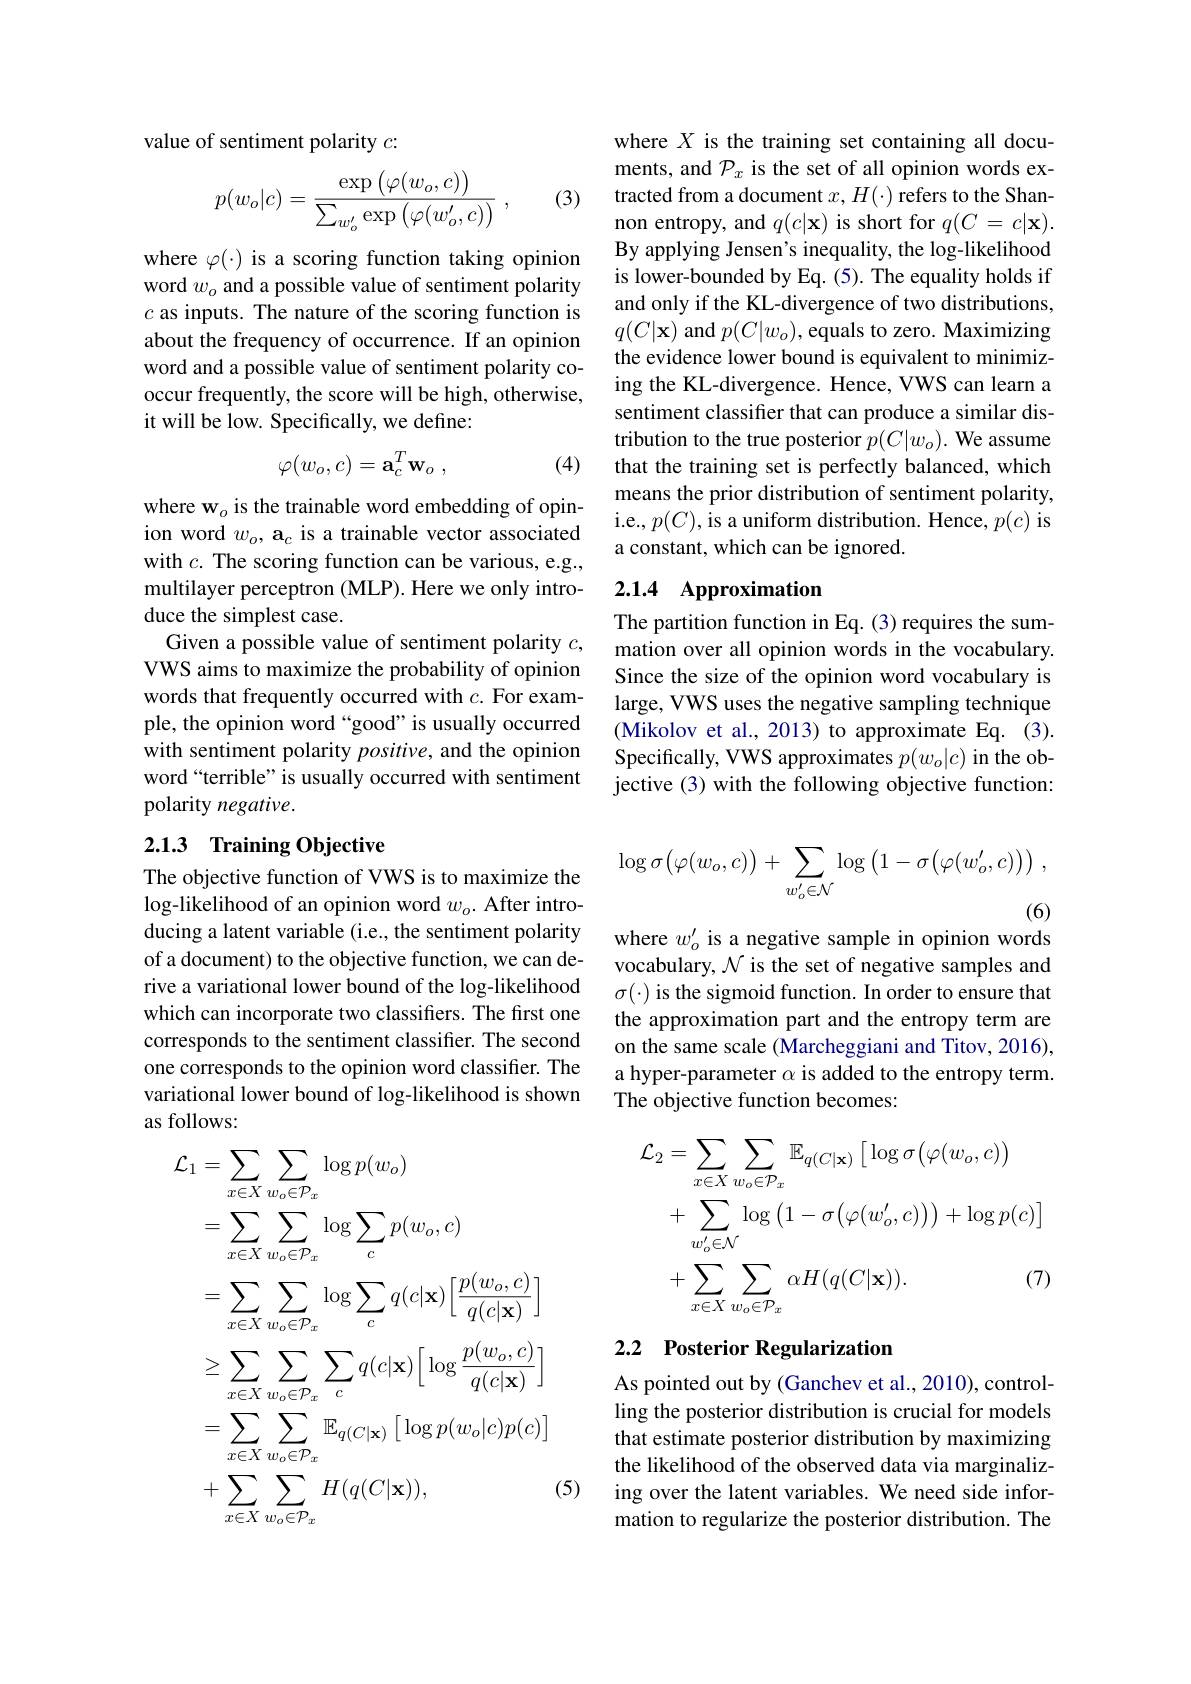
value of sentiment polarity $c:$

(3)
$$p(w_o|c)=\frac{\exp\left(\varphi(w_o,c)\right)}{\sum_{w_o'}\exp\left(\varphi(w_o',c)\right)}\:,$$
where $\varphi(\cdot)$ is a scoring function taking opinion word $w_o$ and a possible value of sentiment polarity $c$ as inputs. The nature of the scoring function is about the frequency of occurrence. If an opinion word and a possible value of sentiment polarity cooccur frequently, the score will be high, otherwise, it will be low. Specifically, we define:
$$\varphi(w_o,c)=\mathbf{a}_c^T\mathbf{w}_o\:,$$
(4)

where $\mathbf{w}_o$ is the trainable word embedding of opinion word $w_o,\textbf{a}_c$ is a trainable vector associated with $c.$ The scoring function can be various, e.g., multilayer perceptron (MLP). Here we only introduce the simplest case.
Given a possible value of sentiment polarity $c$, VWS aims to maximize the probability of opinion words that frequently occurred with $c.$ For example, the opinion word “good”is usually occurred with sentiment polarity $positive$, and the opinion word “terrible” is usually occurred with sentiment polarity negative.

## 2.1.3 Training Objective

The objective function of VWS is to maximize the $\log$-likelihood of an opinion word $w_o.$ After introducing a latent variable (i.e., the sentiment polarity of a document) to the objective function, we can derive a variational lower bound of the log-likelihood which can incorporate two classifiers. The first one corresponds to the sentiment classifier. The second one corresponds to the opinion word classifier. The variational lower bound of log-likelihood is shown as follows:
$$\begin{aligned}\mathcal{L}_{1}&=\sum_{x\in X}\sum_{w_o\in\mathcal{P}_x}\log p(w_o)\\&=\sum_{x\in X}\sum_{w_o\in\mathcal{P}_x}\log\sum_cp(w_o,c)\\&=\sum_{x\in X}\sum_{w_o\in\mathcal{P}_x}\log\sum_cq(c|\mathbf{x})\left[\frac{p(w_o,c)}{q(c|\mathbf{x})}\right]\\&\geq\sum_{x\in X}\sum_{w_o\in\mathcal{P}_x}\sum_cq(c|\mathbf{x})\left[\log\frac{p(w_o,c)}{q(c|\mathbf{x})}\right]\\&=\sum_{x\in X}\sum_{w_o\in\mathcal{P}_x}\mathbb{E}_{q(C|\mathbf{x})}\left[\log p(w_o|c)p(c)\right]\\&+\sum_{x\in X}\sum_{w_o\in\mathcal{P}_x}H(q(C|\mathbf{x})),\end{aligned}$$
(5)

where $X$ is the training set containing all documents, and $\mathcal{P}_x$ is the set of all opinion words extracted from a document $x,H(\cdot)$ refers to the Shannon entropy, and $q(c|\mathbf{x})$ is short for $q(C=c|\mathbf{x}).$ By applying Jensen's inequality, the log-likelihood is lower-bounded by Eq. (5). The equality holds if and only if the KL-divergence of two distributions, $q(C|\mathbf{x})$ and $p(C|w_o)$,equals to zero. Maximizing the evidence lower bound is equivalent to minimizing the KL-divergence. Hence, VWS can learn a sentiment classifier that can produce a similar distribution to the true posterior $p(C|w_o).$ We assume that the training set is perfectly balanced, which means the prior distribution of sentiment polarity, i.e., $p(C)$, is a uniform distribution. Hence, $p(c)$ is a constant, which can be ignored.

# 2.1.4 Approximation

The partition function in Eq. (3) requires the summation over all opinion words in the vocabulary. Since the size of the opinion word vocabulary is large, VWS uses the negative sampling technique (Mikolov et al., 2013) to approximate Eq. (3). Specifically, VWS approximates $p(w_o|c)$ in the objective (3) with the following objective function:
$$\log\sigma\big(\varphi(w_o,c)\big)+\sum_{w_o'\in\mathcal{N}}\log\big(1-\sigma\big(\varphi(w_o',c)\big)\big)\:,$$
(6)
where $w_o^{\prime}$ is a negative sample in opinion words

vocabulary, $\mathcal{N}$ is the set of negative samples and $\sigma(\cdot)$ is the sigmoid function. In order to ensure that the approximation part and the entropy term are on the same scale (Marcheggiani and Titov, 2016), a hyper-parameter $\alpha$ is added to the entropy term. The objective function becomes:
$$\begin{aligned}\mathcal{L}_{2}&=\sum_{x\in X}\sum_{w_{o}\in\mathcal{P}_{x}}\mathbb{E}_{q(C|\mathbf{x})}\left[\log\sigma\big(\varphi(w_{o},c)\big)\right]\\&+\sum_{w_{o}^{\prime}\in\mathcal{N}}\log\left(1-\sigma\big(\varphi(w_{o}^{\prime},c)\big)\big)+\log p(c)\right]\\&+\sum_{x\in X}\sum_{w_{o}\in\mathcal{P}_{x}}\alpha H(q(C|\mathbf{x})).&\text{(7)}\end{aligned}$$
# 2.2 Posterior Regularization As pointed out by (Ganchev et al., 2010), controlling the posterior distribution is crucial for models

that estimate posterior distribution by maximizing the likelihood of the observed data via marginalizing over the latent variables. We need side information to regularize the posterior distribution. The